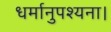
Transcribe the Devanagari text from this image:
धर्मानुपश्यना।